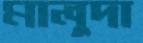
মালুদা